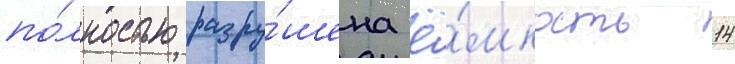
по́лностью разру́шена ё́мкость 14